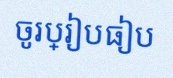
ចូរប្រៀបធៀប